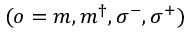
( o = m , m ^ { \dagger } , \sigma ^ { - } , \sigma ^ { + } )